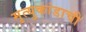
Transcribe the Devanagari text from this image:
मृत्युकांडाची